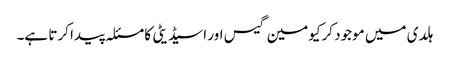
ہلدی میں موجود کرکیومین گیس اور اسیڈیٹی کا مسئلہ پیدا کرتا ہے۔